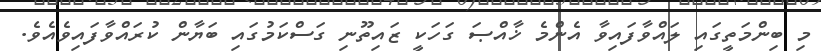
މި ބިންމަތީގައި ލައްވާފައިވާ އެންމެ ޚާއްޞަ ގަހަކީ ޒައިތޫނި ގަސްކަމުގައި ބަޔާން ކުރައްވާފައިވެއެވެ.